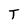
Character: T